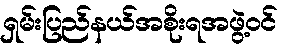
ရှမ်းပြည်နယ်အစိုးရအဖွဲ့ဝင်